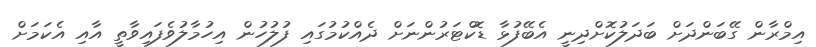
އިމްރާން ގޭބަންދަށް ބަދަލުކޮށްދިނީ އެބޭފުޅާ ޑޮކްޓަރުންނަށް ދެއްކުމުގައި ފުލުހުން އިހުމާލުވެފައިވާތީ އާއި އެކަމަށް